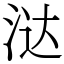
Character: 㳠